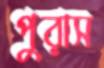
পুরাস